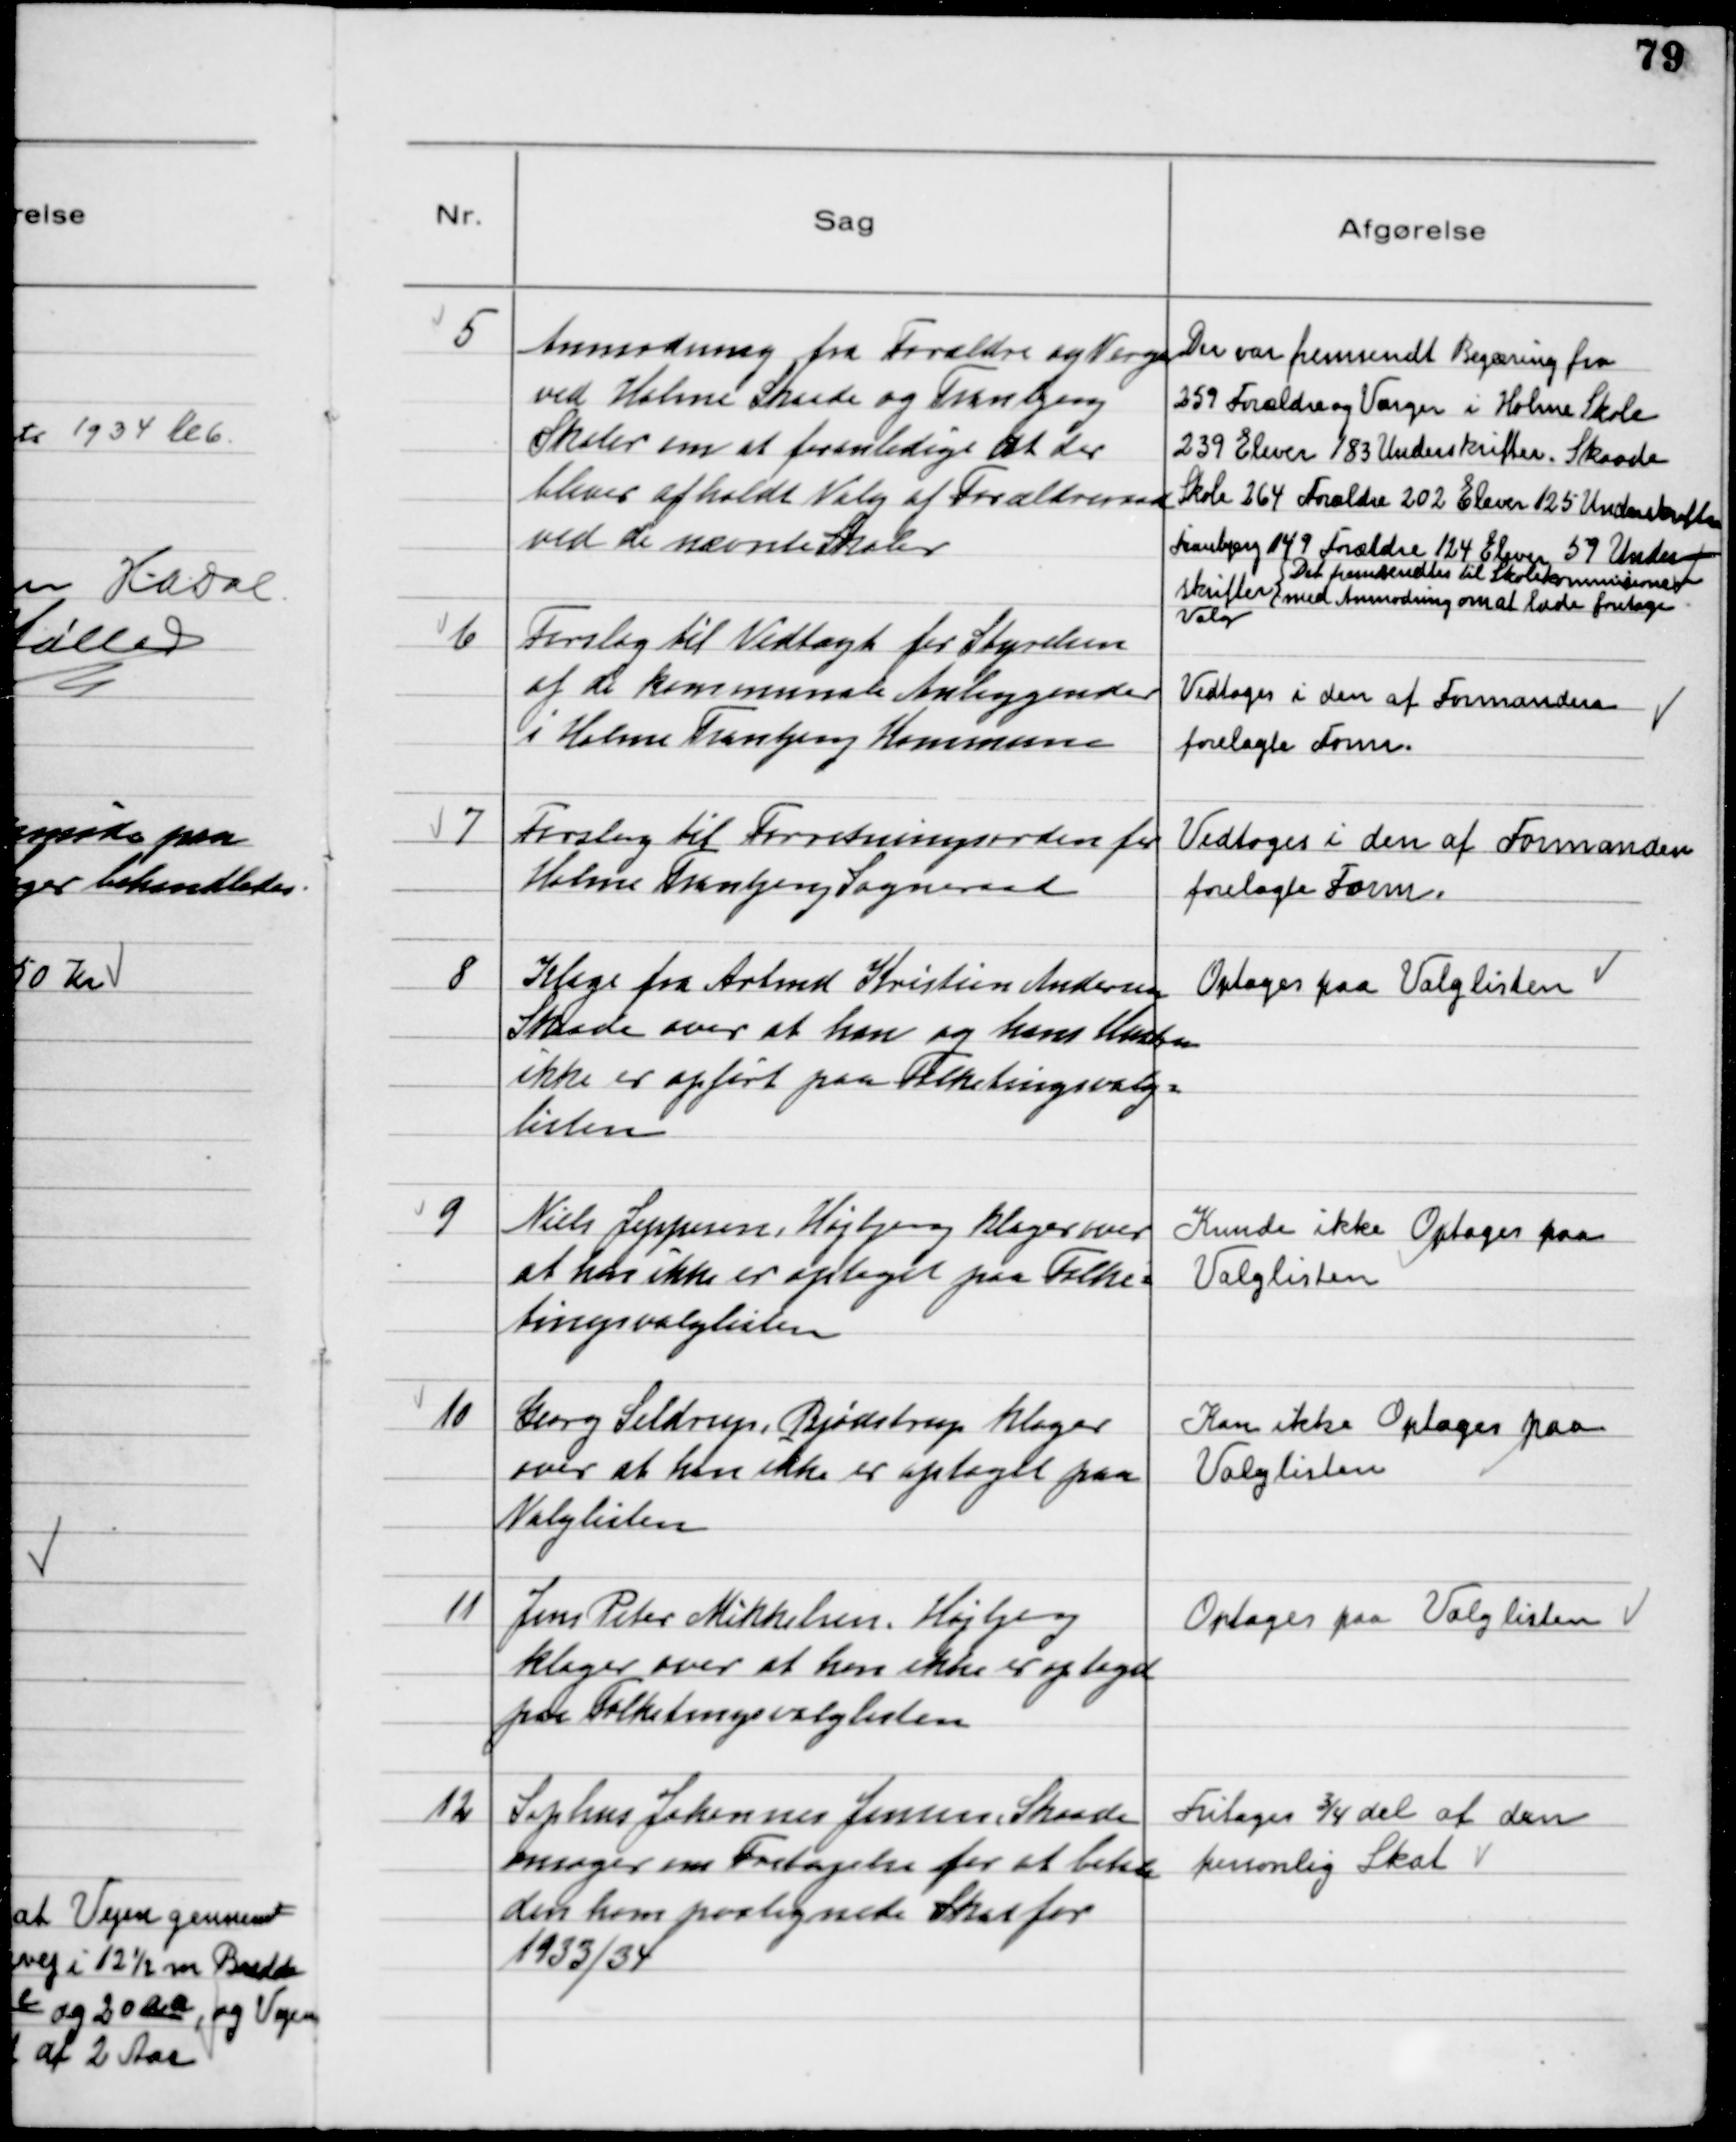
Transskription:
5
Anmodning fra Forældre og Værger
ved Holme Skaade og Tranbjerg
Skoler om at foranledige at der
bliver afholdt Valg af Forældreråd
ved de nævnte Skoler

Der var fremsendt Begæring fra
259 Forældre og Værger i Holme Skole
239 Elever 183 Underskrifter. Skaade
Skole 264 Forældre 202 Elever 125 Underskrifter
Tranbjerg 149 Forældre 124 Elever 59 Under-
skrifter
Det fremsendtes til Skolekommissionen
med Anmodning om at lade foretage
Valg

6
Forslag til Vedtægt for Styrelsen
af de kommunale Anliggender
i Holme Tranbjerg Kommune

Vedtoges i den af Formanden
forelagte Form.

7
Forslag til Forretningsorden for
Holme Tranbjerg Sogneraad

Vedtoges i den af Formanden
forelagte Form.

8
Klage fra Arbmd Kristian Andersen
Skaade over at han og hans Hustru
ikke er opført paa Folketingsvalg-
listen

Optages paa Valglisten

9
Niels Jeppesen, Højbjerg klager over
at han ikke er optaget paa Folke-
tingsvalglisten

Kunde ikke Optages paa
Valglisten

10
Georg Seldrup, Bjødstrup klager
over at han ikke er optaget paa
Valglisten

Kan ikke Optages paa
Valglisten

11
Jens Peter Mikkelsen, Højbjerg
klager over at han ikke er optaget
paa Folketingsvalglisten

Optages paa Valglisten

12
Sophus Johannes Jensen, Skaade
ansøger om Fritagelse for at betale
den ham paalignede Skat for
1933/34

Fritages ¾ del af den
personlig Skat